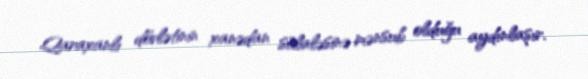
Qaraxanlı dövlətinin xanədan sülaləsinə mənsub olduğu aydınlaşır.